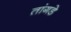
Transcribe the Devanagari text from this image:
तांगडे